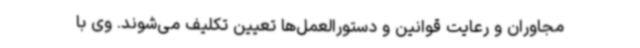
مجاوران و رعایت قوانین و دستورالعمل‌ها تعیین تکلیف می‌شوند. وی با